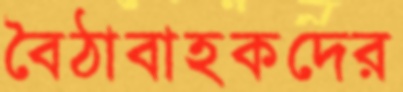
বৈঠাবাহকদের